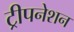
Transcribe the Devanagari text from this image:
ट्रीपनेशन